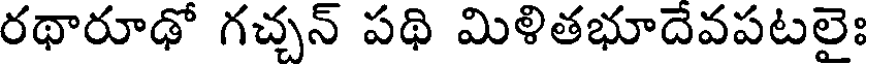
రథారూఢో గచ్చన్ పథి మిళితభూదెవపటలైః